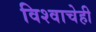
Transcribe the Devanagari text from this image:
विश्वाचेही